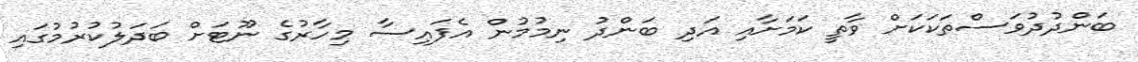
ބަންދުދުވަސްތަކަކަށް ވާތީ ކަމަށާއި އަދި ބަންދު ނިމުމުން އެފައިސާ މިހާރުގެ ނޫޓަށް ބަދަލުކުރުމުގައި